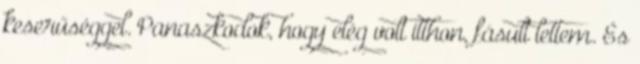
keserűséggel. Panaszkodok, hogy elég volt itthon, fásult lettem. És